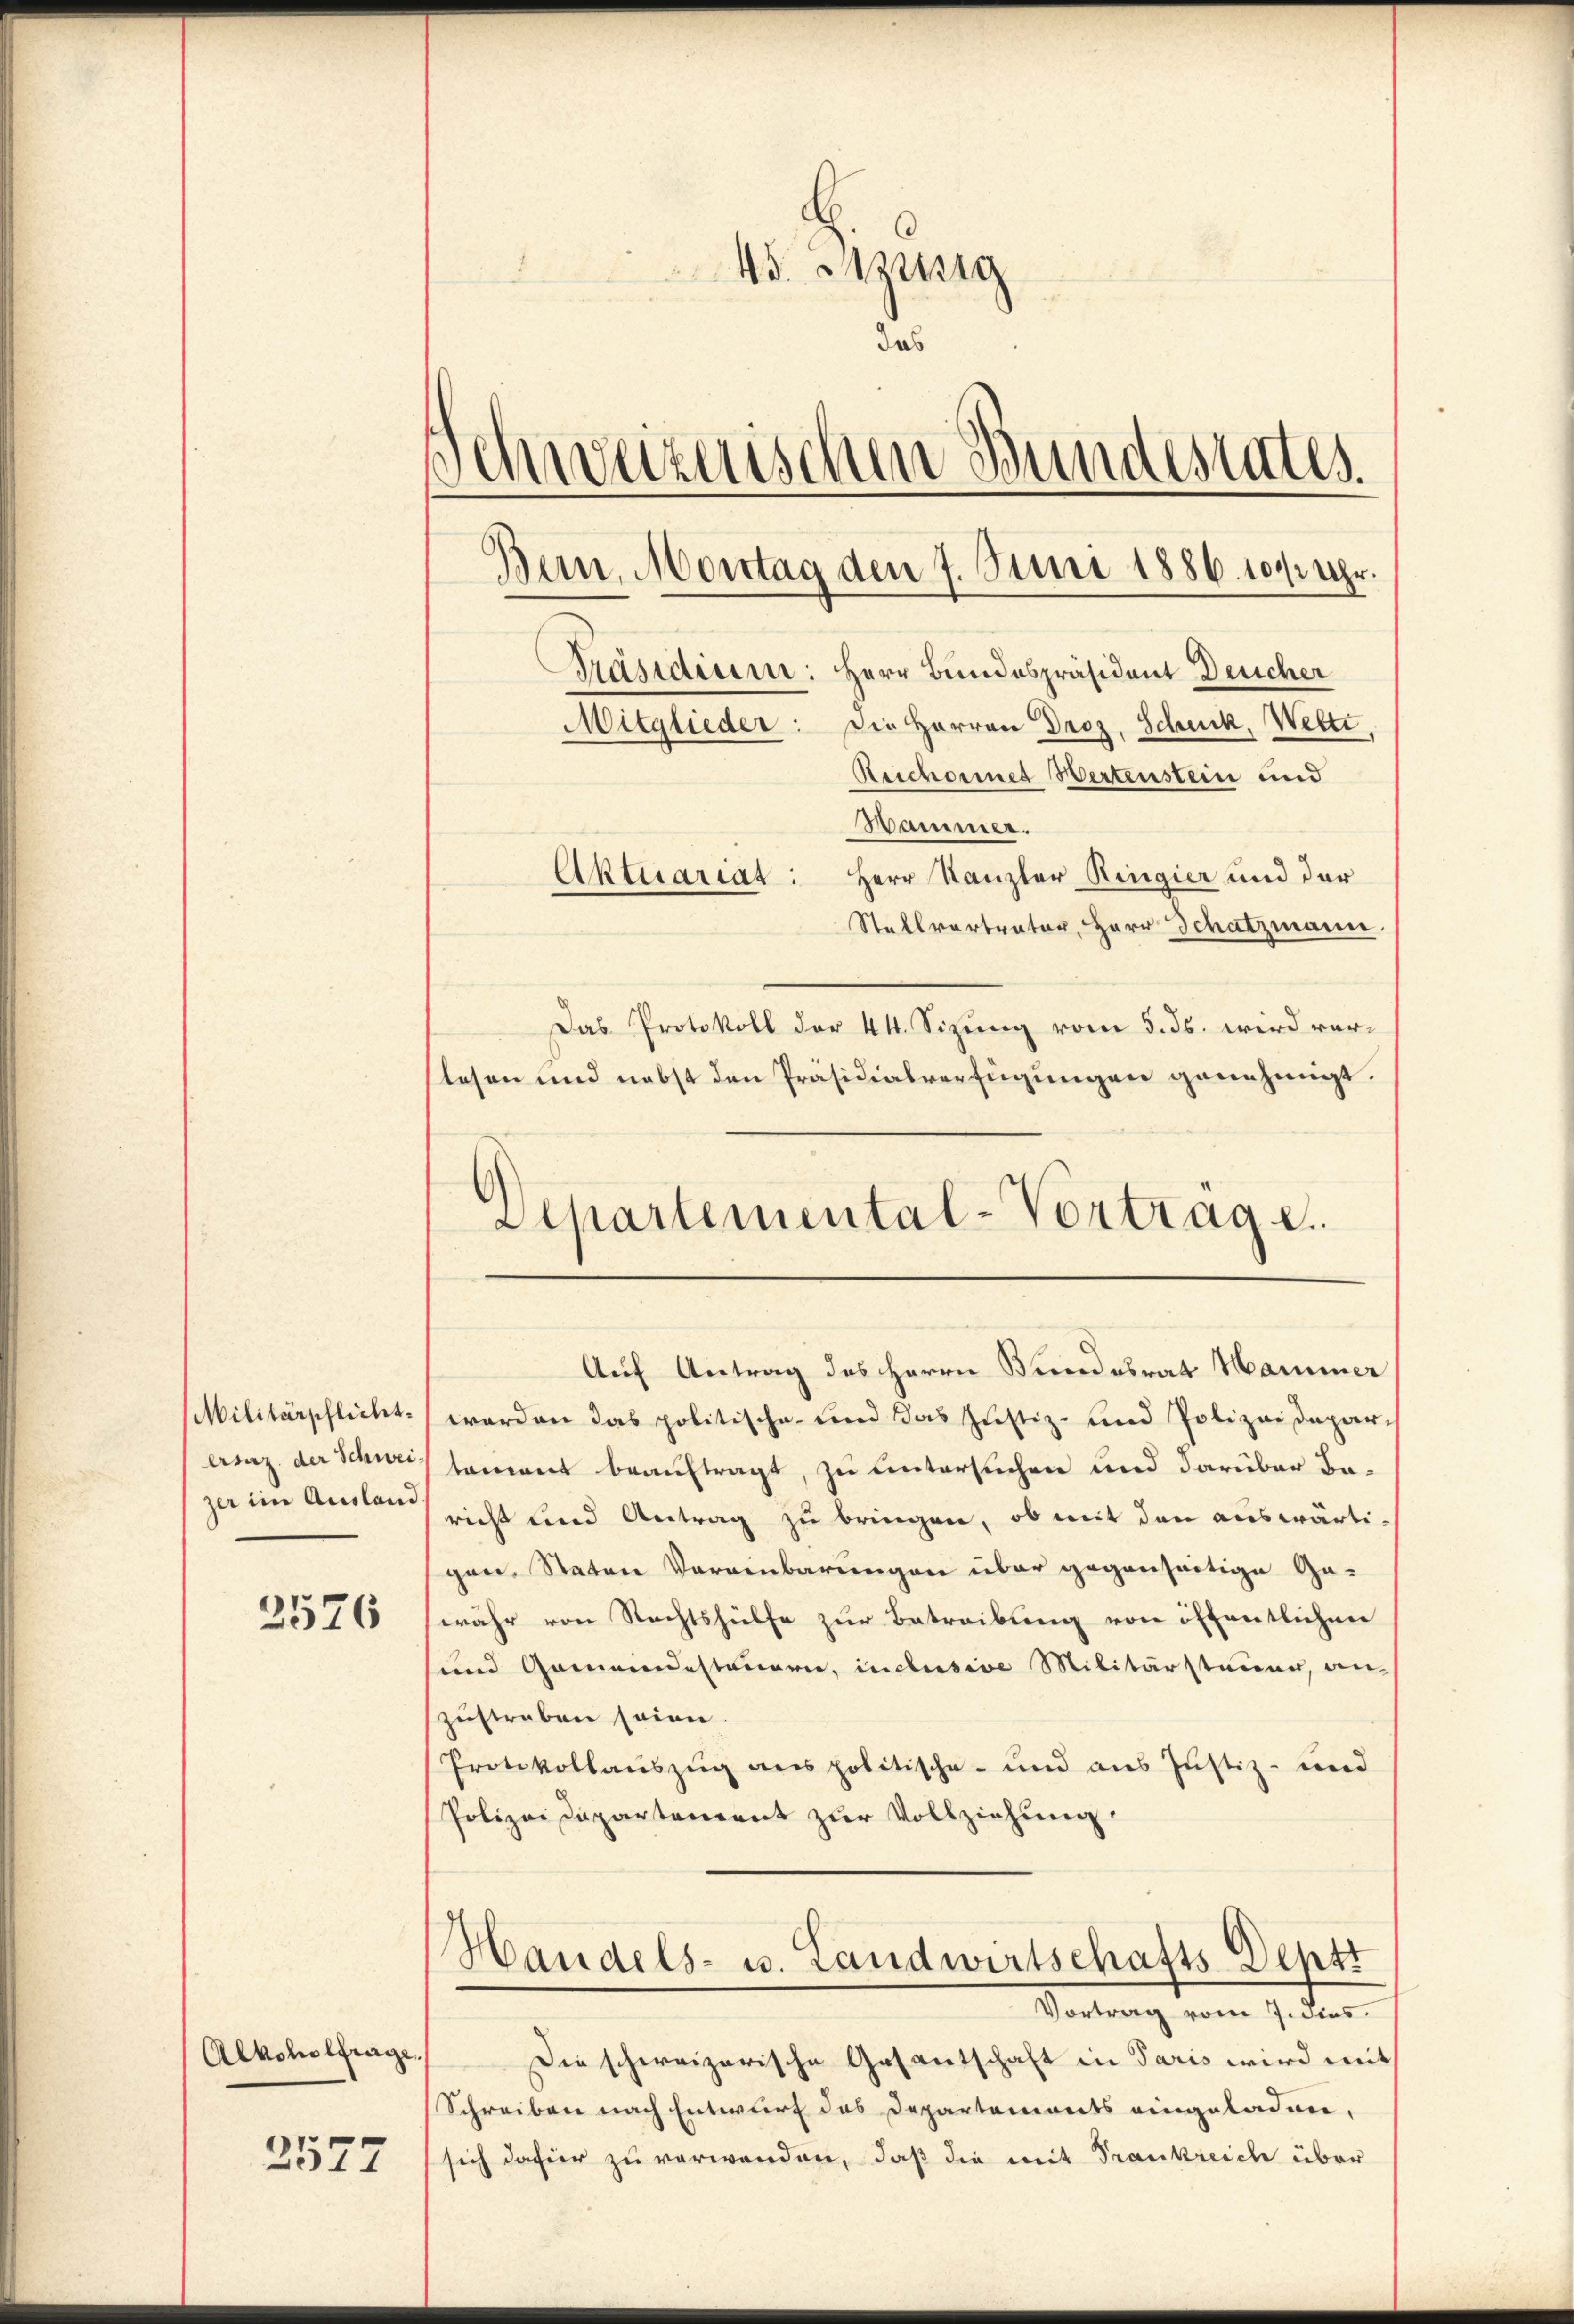
Militärpflicht.

2576

Alkoholfrage.

2577

45. Meng
das
Schweizerischen Bundesrates.
Bern, Montag den 7. Juni 1886. 1012 Uhr.
Präsidium: Herr Bundespräsident Deucher
Mitglieder: Die Herren Droz. Schuck, Weltt
Rescheines Wertenstein und
Hammer.
Aktuariat: Herr Kanzler Ringier und der
Stallvertrator, Herr Schatzmann.

Das Protokoll der 44. Sizung vom 5. ds. wird verlesen und nebst den Präsidialverfügungen genehmigt.
Departemental-Vortrage.

Auf Antrag des Herrn Bundesrat Hammer

Handels- u. Landwirtschafts-Deptt
Vortrag vom 7. dies

werden das politische und das Justiz- und Polizeideparerenz der Schweis sament beauftragt, zu untersuchen und darüber bezer im Anstan sicht und Antrag zu bringen, ob mit den auswärtigen, Staten Vereinbarungen über gegenseitige Gewahr von Rechtshülfe zur Betreibung von öffentlichen
sund Gemeindesteuern, inclusive Militärstauen, an-
zustraben seien.
Protokollauszug aus politische- und aus Justiz- und
Polizeidepartement zur Vollziehung.

Die schweizerische Gesantschaft in Paris wird mit
Schreiben nach Entwurf das Departements eingeladen,
sich dahier zu verwenden, daß die mit Trankreich über